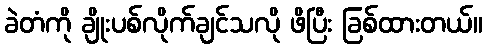
ခဲတံကို ချိုးပစ်လိုက်ချင်သလို ဖိပြီး ခြစ်ထားတယ်။